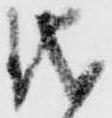
儀